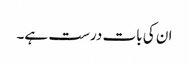
ان کی بات درست ہے۔